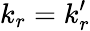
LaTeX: k_{r}=k_{r}^{\prime}